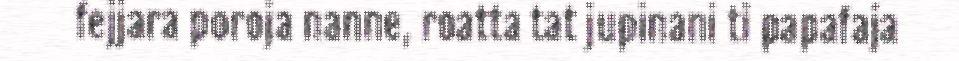
fejjara poroja nanne, roatta tat jupinani ti papafaja